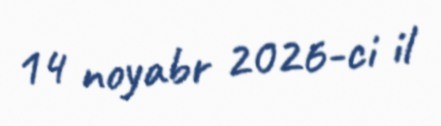
14 noyabr 2026-ci il